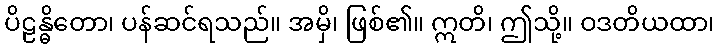
ပိဠန္ဓိတော၊ ပန်ဆင်ရသည်။ အမှိ၊ ဖြစ်၏။ ဣတိ၊ ဤသို့။ ဝဒတိယထာ၊